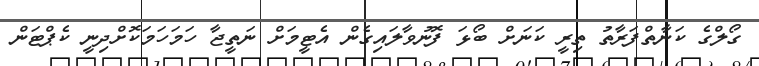
ގޯލްގެ ކަނާތްފަރާތު ތިރީ ކަނަށް ބޯޅަ ފޮނުވާލައިގެން އެޓީމަށް ނަތީޖާ ހަމަހަމަކޮށްދިނީ ކެޕްޓަން